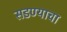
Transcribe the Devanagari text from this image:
सडण्याचा